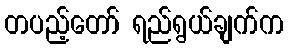
တပည့်တော် ရည်ရွယ်ချက်က